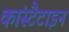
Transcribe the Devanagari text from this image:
कांस्टैटाइन